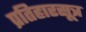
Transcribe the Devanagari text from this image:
प्रतिहारसूत्र